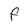
Character: f